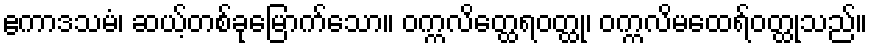
ဧကာဒသမံ၊ ဆယ့်တစ်ခုမြောက်သော။ ဝက္ကလိတ္ထေရဝတ္ထု၊ ဝက္ကလိမထေရ်ဝတ္ထုသည်။